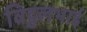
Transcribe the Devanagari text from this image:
विट्टलभाई